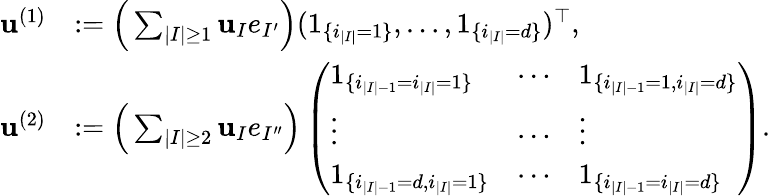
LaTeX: \begin{array}{rl}{{\mathbf u}^{(1)}}&{:=\Big(\sum_{|I|\geq 1}\mathbf u_{I}e_{I^{\prime}}\Big)(1_{\{ i_{|I|}=1\} },\ldots,1_{\{ i_{|I|}=d\} })^{\top},}\\ {{\mathbf u}^{(2)}}&{:=\Big(\sum_{|I|\geq 2}\mathbf u_{I}e_{I^{\prime\prime}}\Big)\left(\begin{array}{lll}{1_{\{ i_{|I|-1}=i_{|I|}=1\} }}&{\cdots}&{1_{\{ i_{|I|-1}=1,i_{|I|}=d\} }}\\ {\vdots}&{\cdots}&{\vdots}\\ {1_{\{ i_{|I|-1}=d,i_{|I|}=1\} }}&{\cdots}&{1_{\{ i_{|I|-1}=i_{|I|}=d\} }}\end{array}\right).}\end{array}